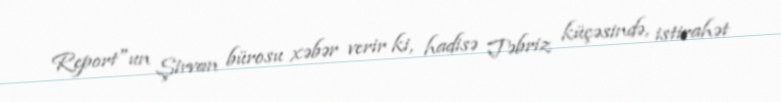
Report"un Şirvan bürosu xəbər verir ki, hadisə Təbriz küçəsində, istirahət